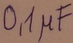
Text: 0,1µF